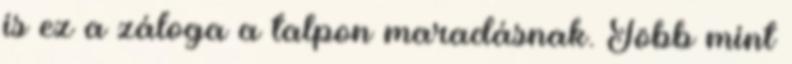
is ez a záloga a talpon maradásnak. Több mint